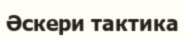
Әскери тактика